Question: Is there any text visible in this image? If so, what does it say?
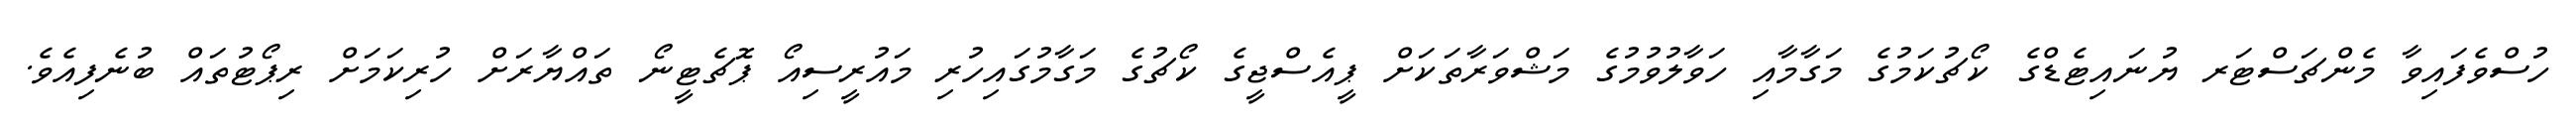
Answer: ހުސްވެފައިވާ މެންޗަސްޓަރ ޔުނައިޓެޑްގެ ކޯޗުކަމުގެ މަގާމާއި ހަވާލުވުމުގެ މަޝްވަރާތަކަށް ޕީއެސްޖީގެ ކޯޗުގެ މަގާމުގައިހުރި މައުރީސިއޯ ޕޮޗެޓީނޯ ތައްޔާރަށް ހުރިކަމަށް ރިޕޯޓުތައް ބުނެފިއެވެ.